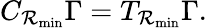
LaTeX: C_{\mathcal{R}_{\mathrm{{min}}}}\Gamma=T_{\mathcal{R}_{\mathrm{{min}}}}\Gamma.